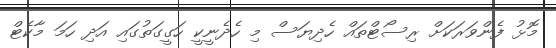
މޮޅު ފެންވަރަކަށް ރިސޯޓްތައް ހެދިޔަސް މި ހެދެނީކީ ހަގީގަތުގައި އަދި ހަމަ މާކެޓް